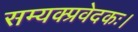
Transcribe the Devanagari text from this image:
सम्यक्प्रवेदकः।